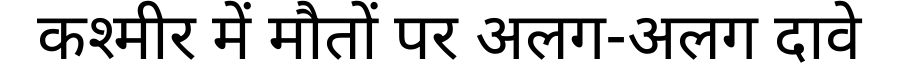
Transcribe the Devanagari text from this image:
कश्मीर में मौतों पर अलग-अलग दावे